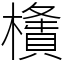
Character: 㯯